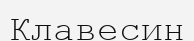
Клавесин